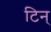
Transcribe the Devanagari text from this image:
टिन्